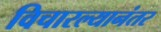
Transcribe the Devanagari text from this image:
विचारल्यानंतर